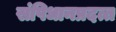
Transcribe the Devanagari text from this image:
संपिधानप्रदत्त